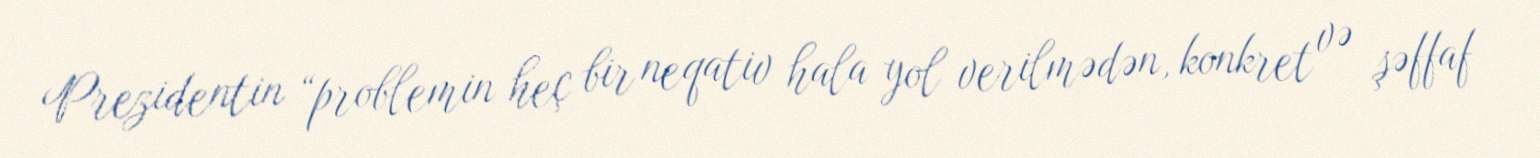
Prezidentin “problemin heç bir neqativ hala yol verilmədən, konkret və şəffaf